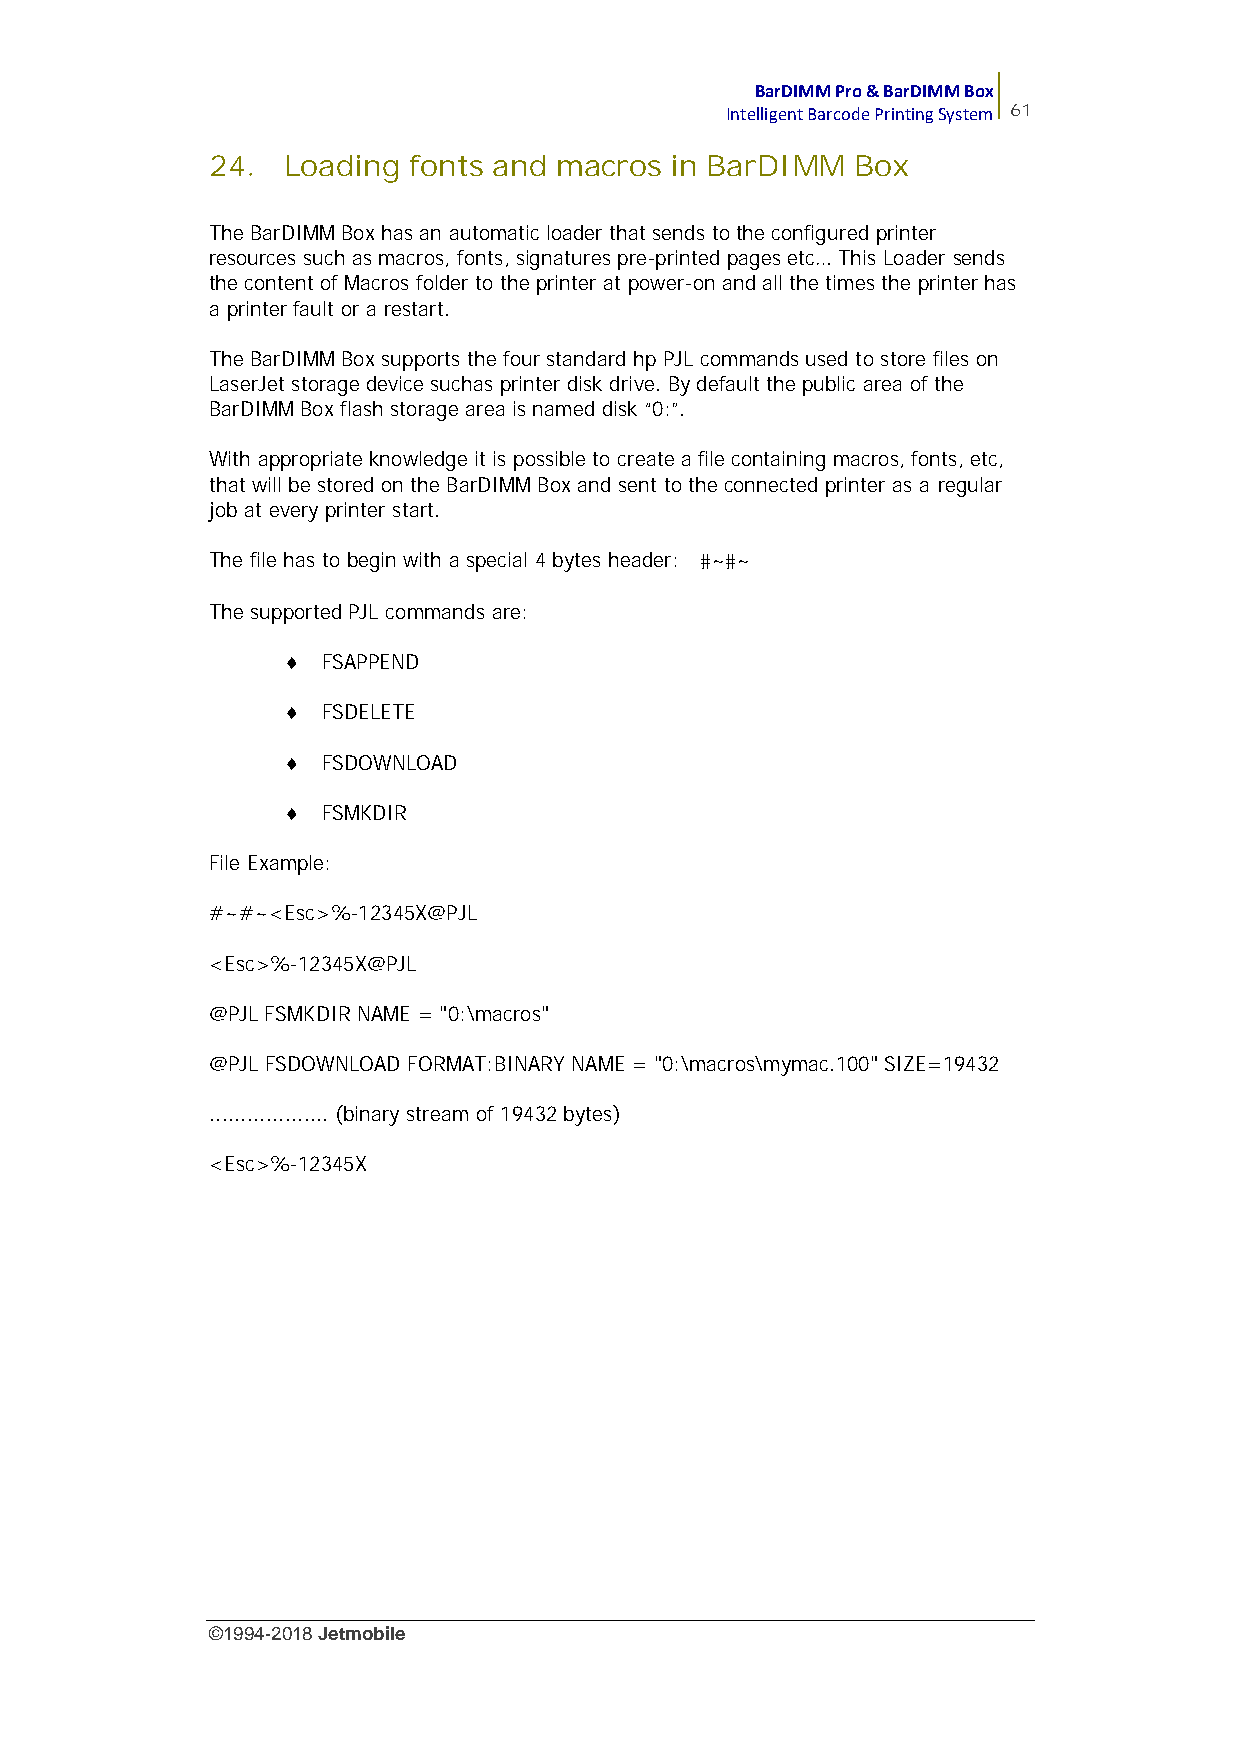
BarDIMM Pro & BarDIMM Box
 Intelligent Barcode Printing System 61
 24.  Loading fonts and macros in BarDIMM  Box
 The BarDIMM Box has an automatic loader that sends to the configured printer
 resources such as macros, fonts, signatures pre-printed pages etc… This Loader sends
 the content of Macros folder to the printer at power-on and all the times the printer has
 a printer fault or a restart.
 The BarDIMM Box supports the four standard hp PJL commands used to store files on
 LaserJet storage device suchas printer disk drive. By default the public area of the
 BarDIMM Box flash storage area is named disk “0:”.
 With appropriate knowledge it is possible to create a file containing macros, fonts, etc,
 that will be stored on the BarDIMM Box and sent to the connected printer as a regular
 job at every printer start.
 The file has to begin with a special 4 bytes header: #~#~
 The supported PJL commands are:
  FSAPPEND
  FSDELETE
  FSDOWNLOAD
  FSMKDIR
 File Example:
 #~#~<Esc>%-12345X@PJL
 <Esc>%-12345X@PJL
 @PJL FSMKDIR NAME = "0:\macros"
 @PJL FSDOWNLOAD FORMAT:BINARY NAME = "0:\macros\mymac.100" SIZE=19432
 ................... (binary stream of 19432 bytes)
 <Esc>%-12345X
 ©1994-2018Jetmobile
 E
 r
 r
 o